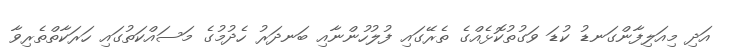
އަދި މިއަލިފާންގަނޑު ކުޑަ ވަގުތުކޮޅެއްގެ ތެރޭގައި ފުލުހުންނާއި ބަނދަރު ހެދުމުގެ މަސައްކަތުގައި ހަރަކާތްތެރިވާ